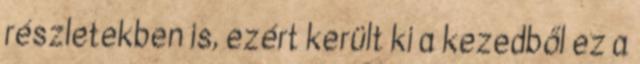
részletekben is, ezért került ki a kezedből ez a